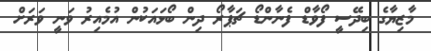
މާޒިޔާގެ ބިދޭސީ ފޯވާޑް ފެނާންޑޯ ޗަޕާރޯ ދިން ބޯޅައަކުން އުމެއިރު ވަނީ ވަރަށް